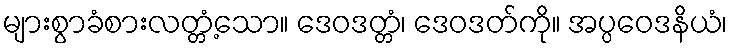
များစွာခံစားလတ္တံ့သော။ ဒေဝဒတ္တံ၊ ဒေဝဒတ်ကို။ အပ္ပဝေဒနိယံ၊